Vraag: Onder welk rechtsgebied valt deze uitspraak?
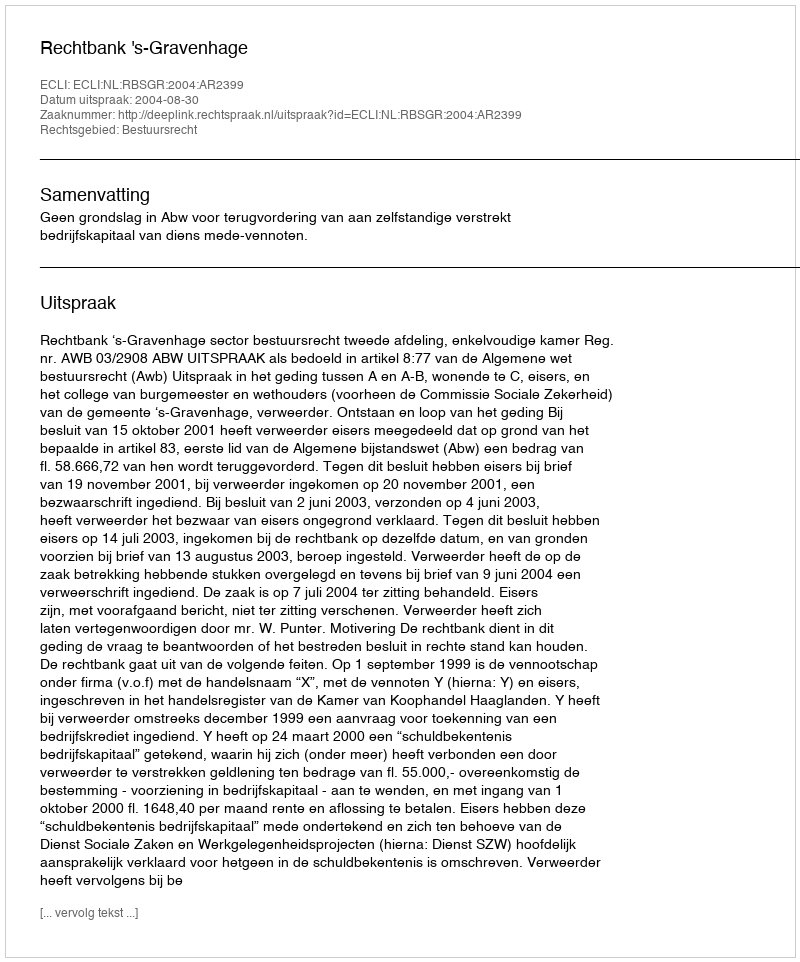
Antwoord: Bestuursrecht